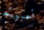
تمنيته